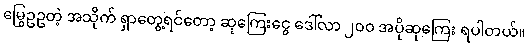
မြွေဥဥတဲ့ အသိုက် ရှာတွေ့ရင်တော့ ဆုကြေးငွေ ဒေါ်လာ ၂၀၀ အပိုဆုကြေး ရပါတယ်။